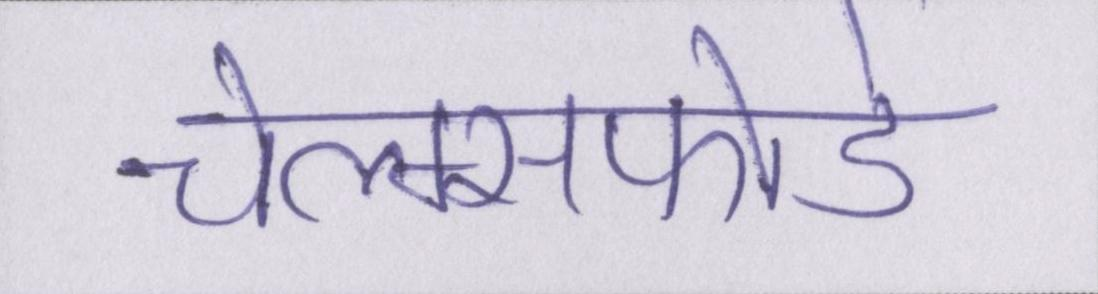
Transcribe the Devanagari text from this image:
चेल्म्सफोर्ड